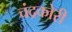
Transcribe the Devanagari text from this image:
चंद्रकोरी